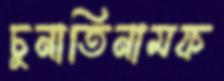
চুনাতিনামফ